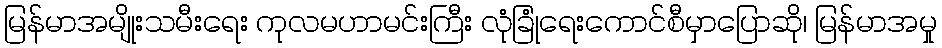
မြန်မာအမျိုးသမီးရေး ကုလမဟာမင်းကြီး လုံခြုံရေးကောင်စီမှာပြောဆို၊ မြန်မာအမှု